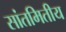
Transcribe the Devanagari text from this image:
सांतमितीय